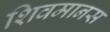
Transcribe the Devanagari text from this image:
शिवमानस